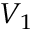
V _ { 1 }